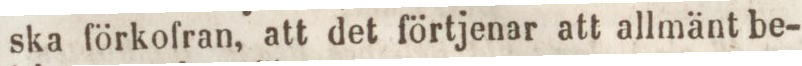
ska förkofran, att det förtjenar att allmänt be-